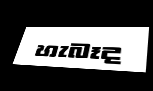
හැබෑද